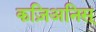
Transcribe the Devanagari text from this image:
कज़िअनिस्